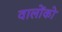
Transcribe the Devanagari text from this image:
वालोंको